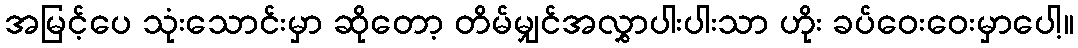
အမြင့်ပေ သုံးသောင်းမှာ ဆိုတော့ တိမ်မျှင်အလွှာပါးပါးသာ ဟိုး ခပ်ဝေးဝေးမှာပေါ့။